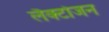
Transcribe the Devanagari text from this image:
लैक्टोजन